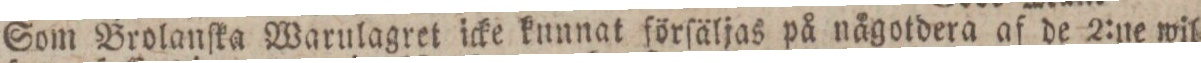
Som Brolanſka Warulagret icke kunnat förſäljas på någotdera af de 2:ne wil=